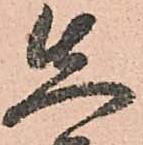
先